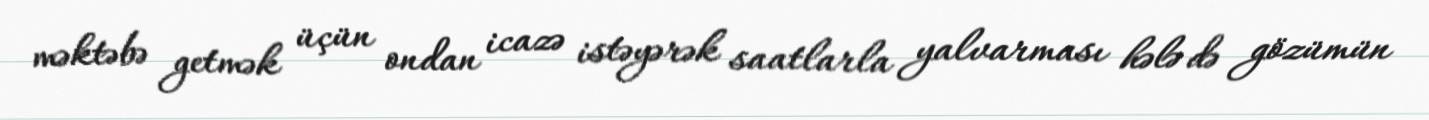
məktəbə getmək üçün ondan icazə istəyərək saatlarla yalvarması hələ də gözümün